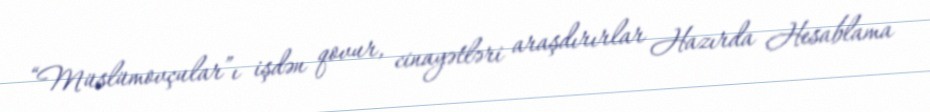
“Müslümovçular”ı işdən qovur, cinayətləri araşdırırlar Hazırda Hesablama